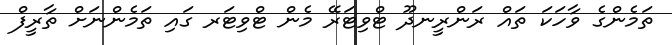
ތަމެންގެ ވާހަކަ ތައް ރަންރީނދޫ ޓްވިޓަރޭ މެން ޓްވިޓަރ ގައި ތަމެންނަށް ތާރީފް